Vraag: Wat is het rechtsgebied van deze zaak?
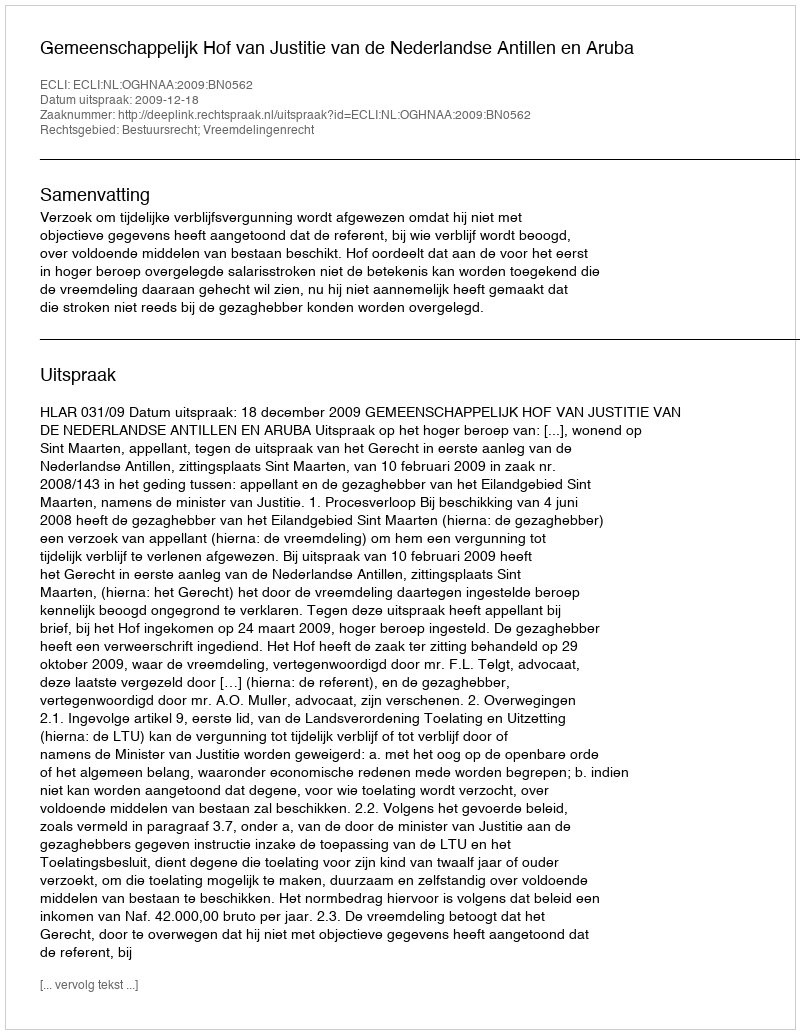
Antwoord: Bestuursrecht; Vreemdelingenrecht